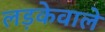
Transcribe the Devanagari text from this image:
लड़केवाले